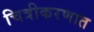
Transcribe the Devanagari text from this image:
चित्रीकरणात